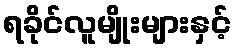
ရခိုင်လူမျိုးများနှင့်